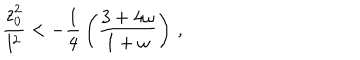
LaTeX: { \frac { z _ { 0 } ^ { 2 } } { l ^ { 2 } } } < - { \frac { 1 } { 4 } } \left( { \frac { 3 + 4 \omega } { 1 + \omega } } \right) \, ,